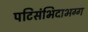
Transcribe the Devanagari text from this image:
पटिसंभिदाभग्ग